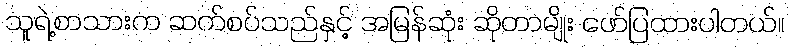
သူရဲ့စာသားက ဆက်စပ်သည်နှင့် အမြန်ဆုံး ဆိုတာမျိုး ဖော်ပြထားပါတယ်။